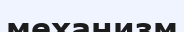
механизм